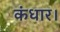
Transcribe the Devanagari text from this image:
कंधार।